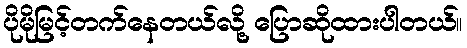
ပိုမိုမြင့်တက်နေတယ်လို့ ပြောဆိုထားပါတယ်။